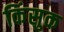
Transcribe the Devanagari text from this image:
किंसुक